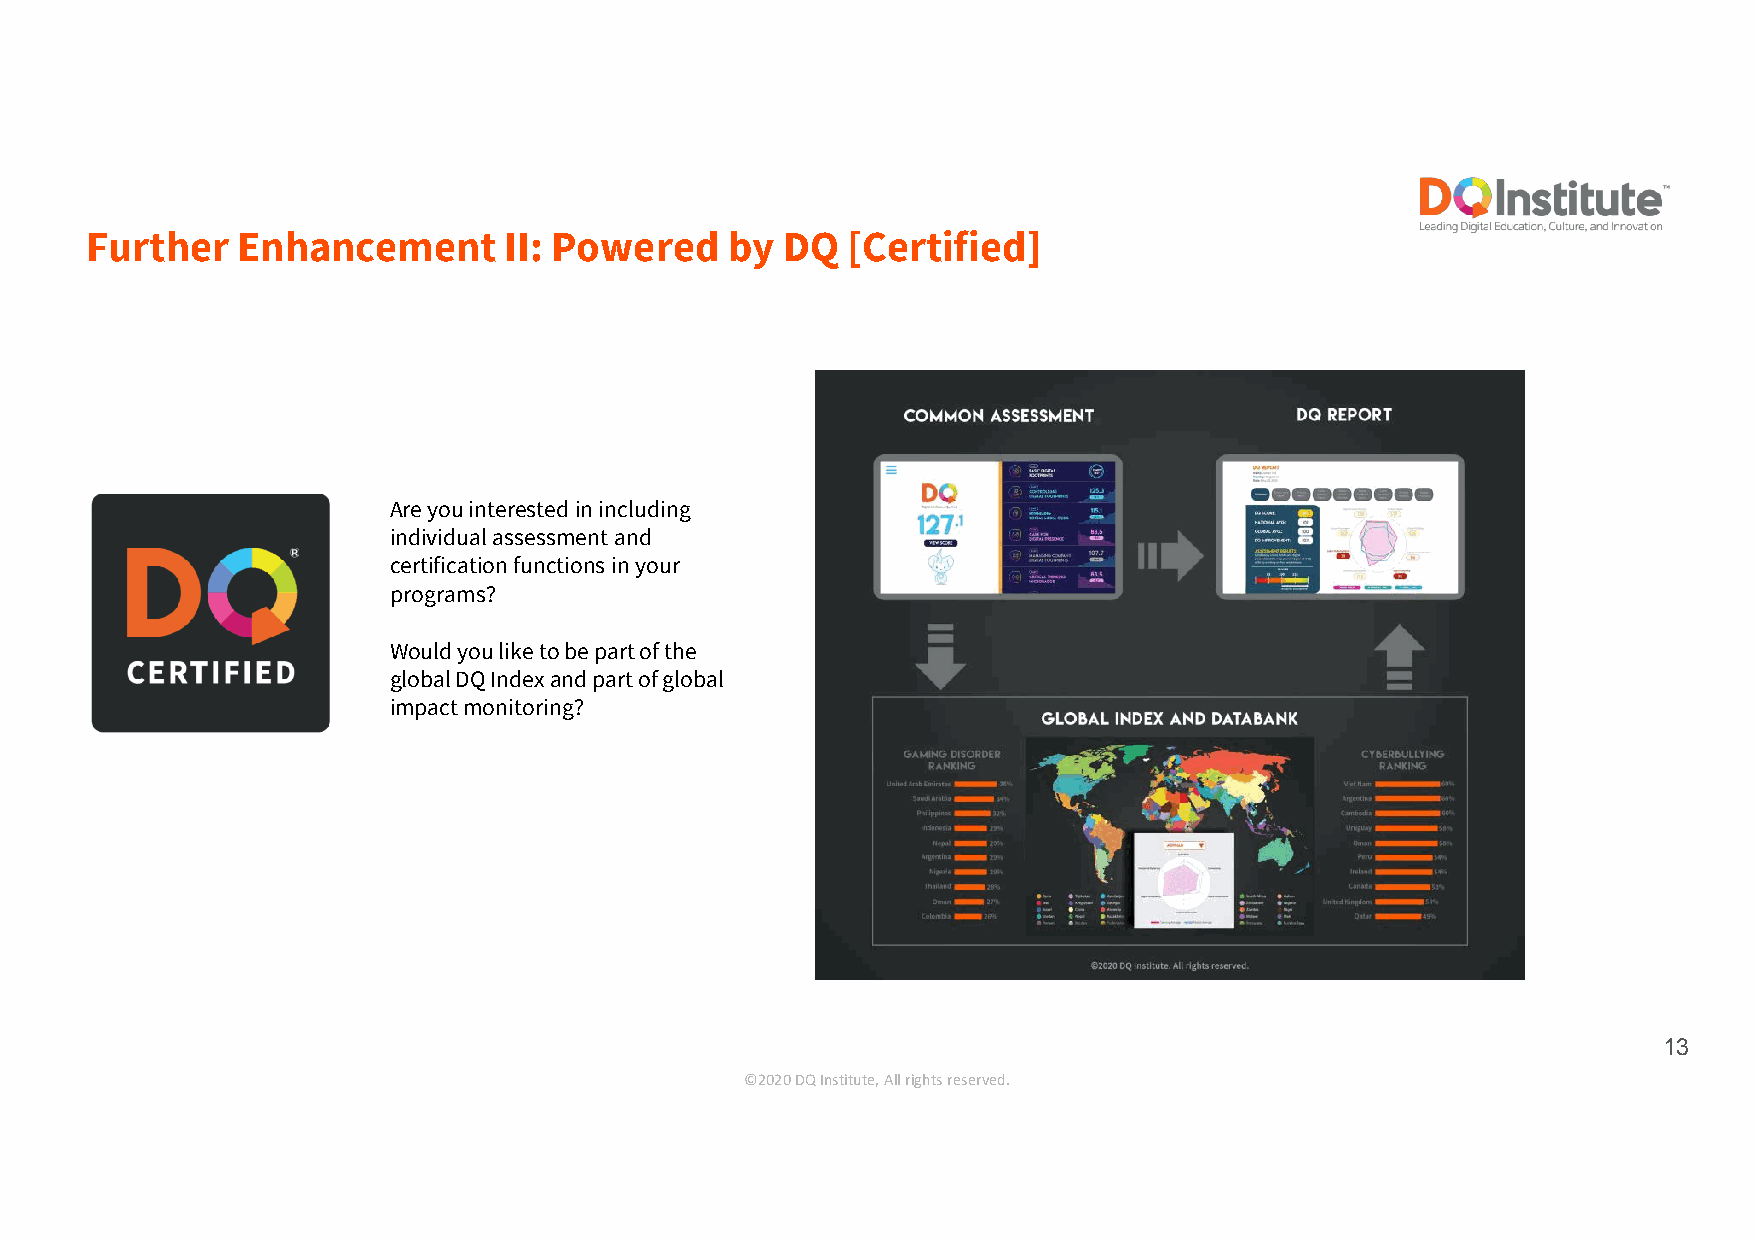
Further   Enhancement      II: Powered    by  DQ  [Certified]
 Are you interested in including
 individual assessment and
 certification functions in your
 programs?
 Would you like to be part of the
 global DQ Index and part of global
 impact monitoring?
 13
 ©2020 DQ Institute, All rights reserved.